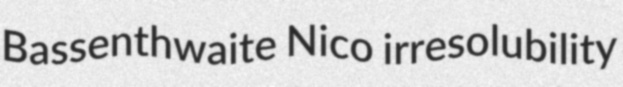
Bassenthwaite Nico irresolubility